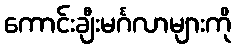
ကောင်းချီးမင်္ဂလာများကို